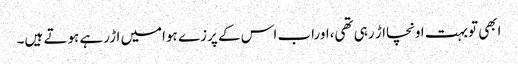
ابھی توبہت اونچااڑ رہی تھی،اوراب اس کے پرزے ہوامیں اڑرہے ہوتے ہیں۔